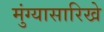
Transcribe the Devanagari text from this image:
मुंग्यासारिखे